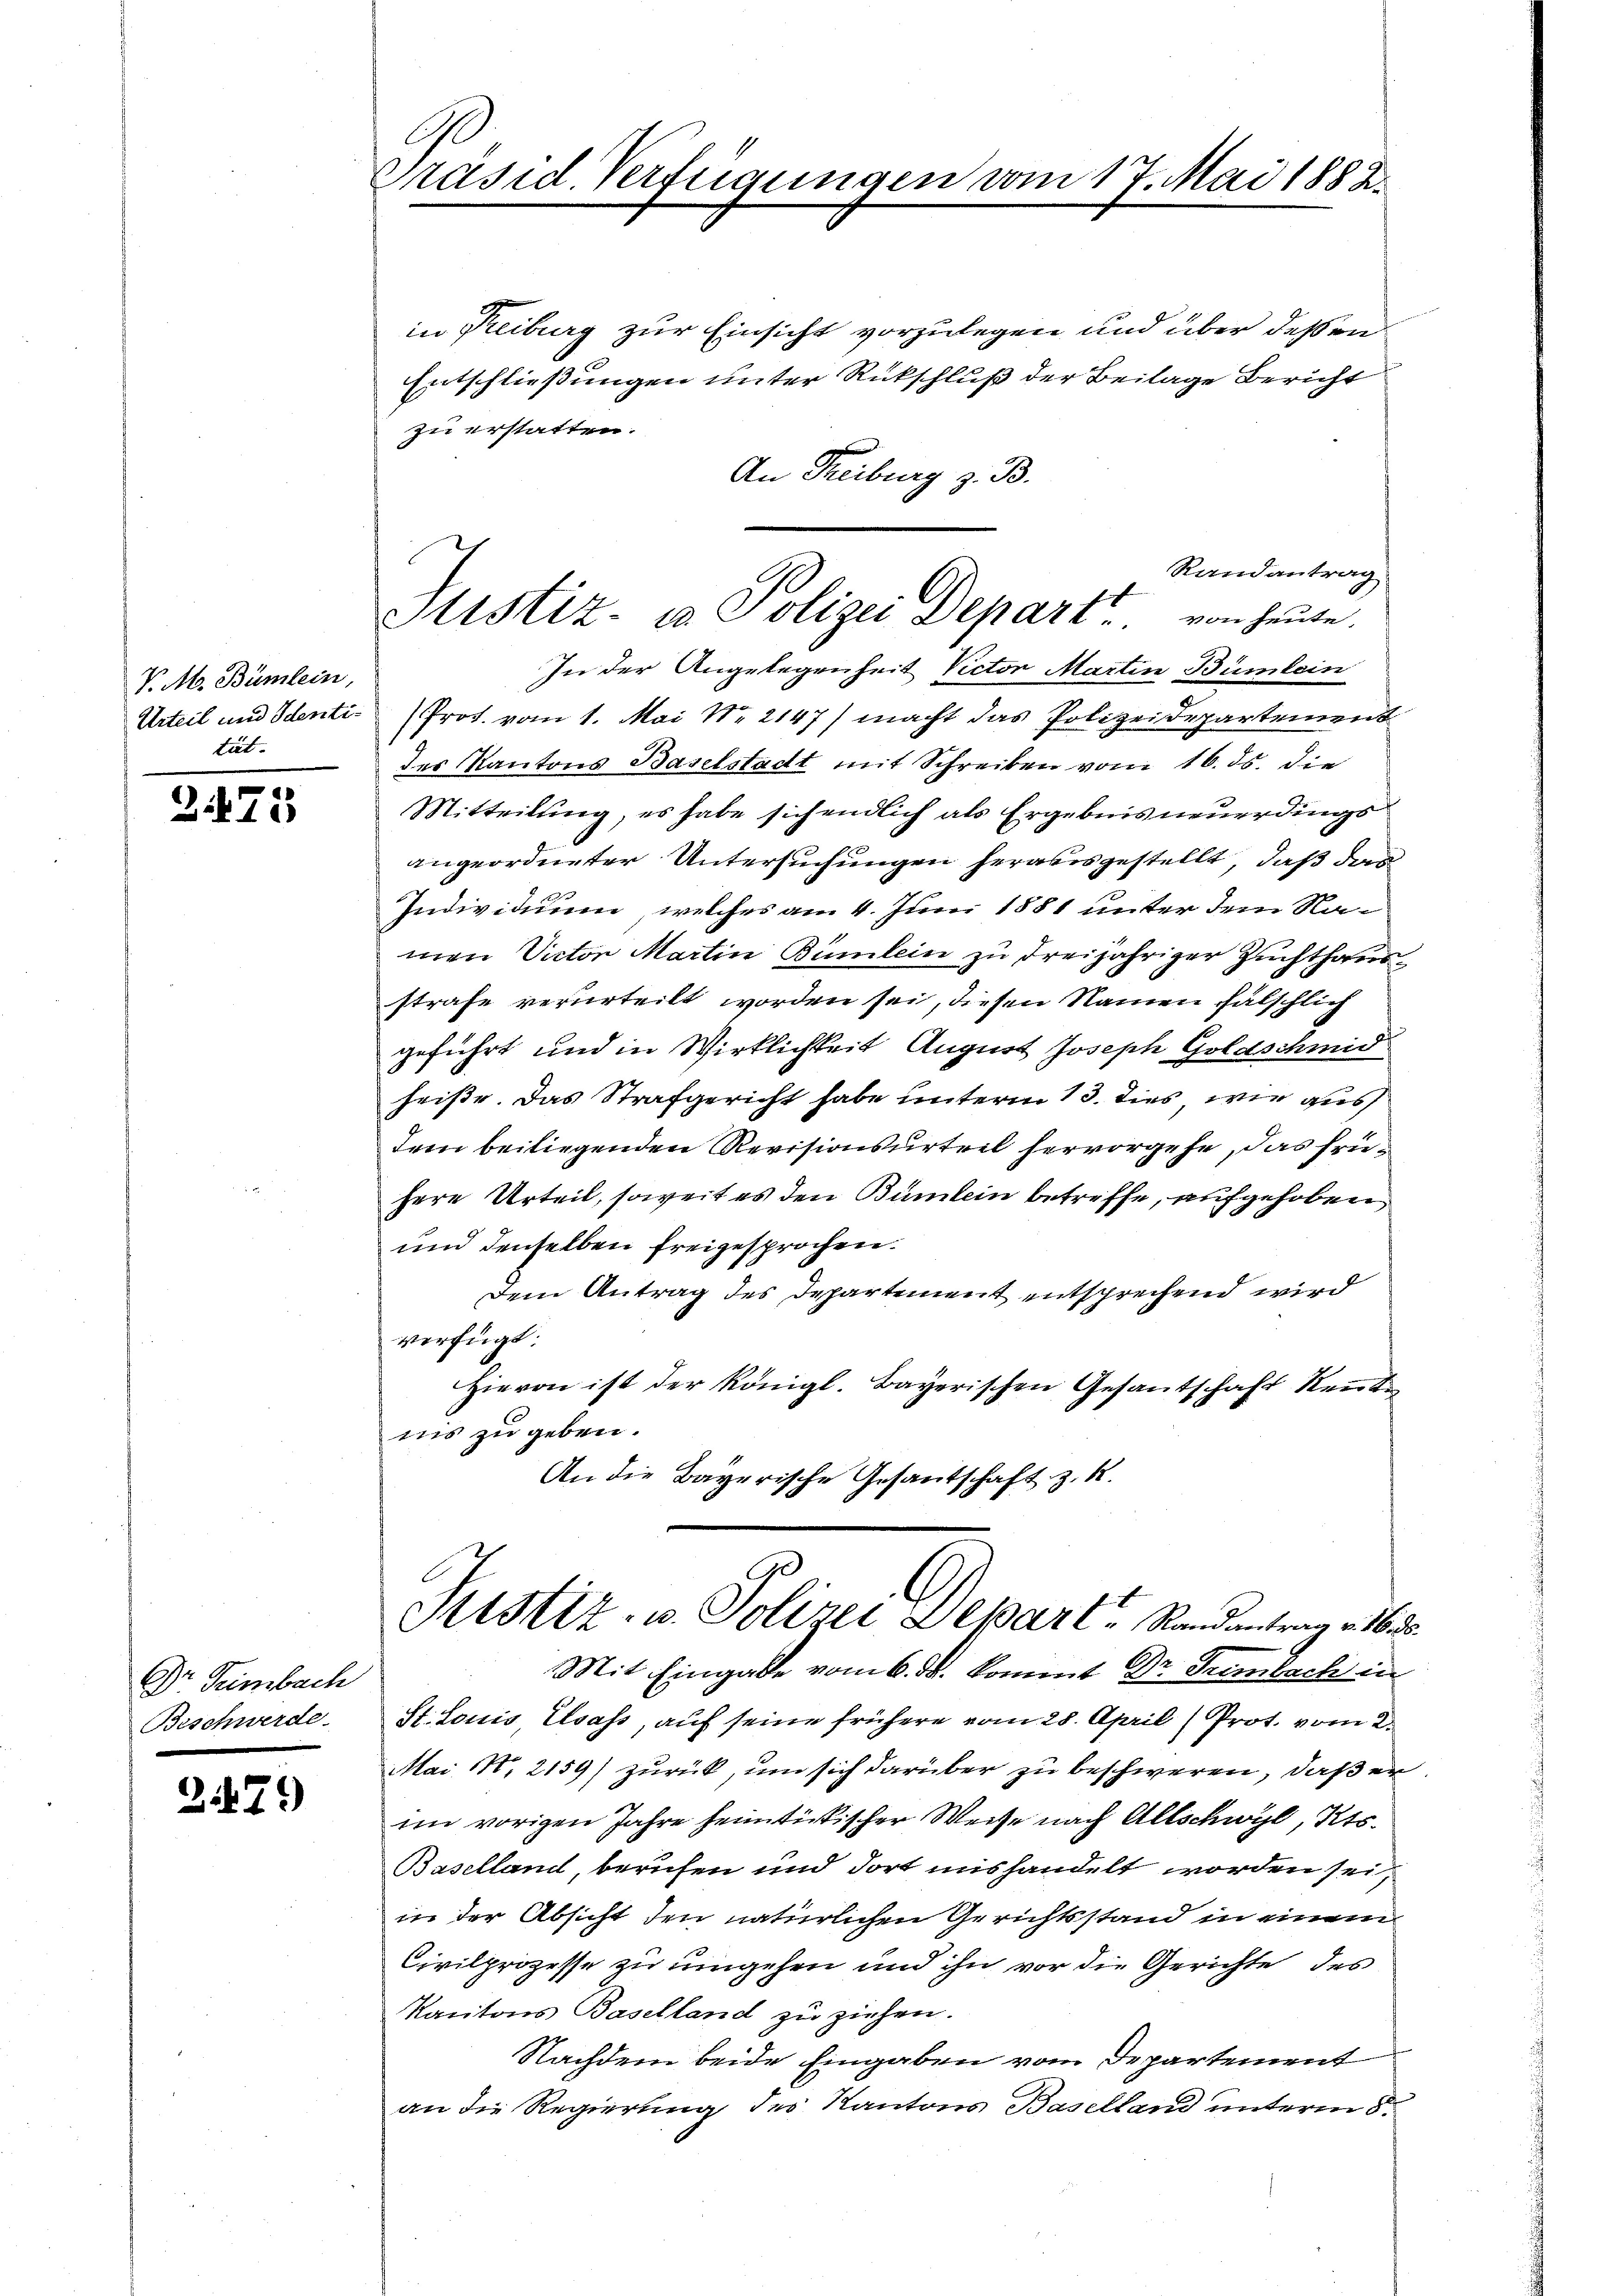
V. M. Bümlein,
tät.

2475

Dr Teimbach
Beschwerde.

3479

Präsid. Verfügungen vom 17. Mai 1882.

in Kreiburg zur Einsicht vorzulegen und über deßen
Entschließungen unter Rückschluß der Beilage Bericht
zu erstatten.
An Freiburg z. B.
Randantrag
In der Angelegenheit Rector Martin Bümlein
Urteil und Identi- Prot. vom 1. Mai Nr 2147) macht das Polizeidepartement
des Kantons Baselstadt mit Schreiben vom 16. ds. die
Mitteilung, es habe sich endlich als Ergebnis neuerdings
angeordneter Untersuchungen herausgestellt, daß dan
Individuum, welches am 4. Juni 1881 unter dem Namen Victor Martin Bümlein zu dreijähriger Zuchthaus
strafe verurteilt worden sei, diesen Namen fälschlich
geführt und in Wirklichkeit August Joseph Goldschmid
heiße. Das Strafgericht habe unterm 13. dies, wie aus
dem beiliegenden Revisionsurteil hervorgehe, das frühere Urteil, soweit es den Bümlein betreffe, aufgehoben
und denselben freigesprochen.
Dem Antrag des Departement entsprechend wird
verfügt:
Hievon ist der königl. Bayerischen Gesantschaft Renten
nis zu geben.
An die Bayerische Gesantschaft z. K.
Sistiz- u. Polizei Depart   Randantrag v. 16. ds.
Mit Eingabe vom 6. d. kommt Dr. Trimbach in
St. Louis, Elsass, auf seine frühere vom 28. April (Prot. vom 2.
Mai N. 2159) zurück, um sich darüber zu beschweren, daß er
im vorigen Jahre heimtückischer Weise nach Allschwyl, Kts.
Baselland, berufen und dort mis handelt worden sei,
in der Absicht den natürlichen Gerichtsstand in einem
Civilprozesse zu umgehen und ihn vor die Gerichte des
Kantons Baselland zu ziehen.
Nachdem beide Eingaben vom Departement
an die Regierung des Kantons Baselland unterm 8.

Sistiz- in Polizei Depart von heute.